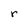
Character: r